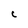
Character: C